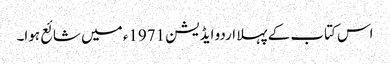
اس کتاب کے پہلا اردو ایڈیشن 1971ء میں شائع ہوا۔